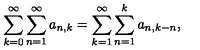
\sum _ { k = 0 } ^ { \infty } \sum _ { n = 1 } ^ { \infty } a _ { n , k } = \sum _ { k = 1 } ^ { \infty } \sum _ { n = 1 } ^ { k } a _ { n , k - n } ,